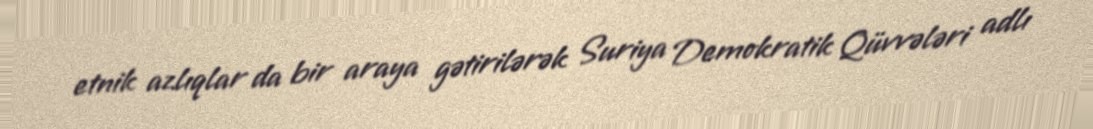
etnik azlıqlar da bir araya gətirilərək Suriya Demokratik Qüvvələri adlı